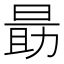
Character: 𬀼